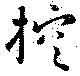
控